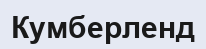
Кумберленд